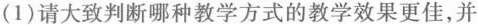
(1)请大致判断哪种教学方式的教学效果更佳，并